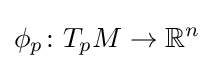
\phi _{p}\colon T_{p}M\rightarrow {\mathbb {R} ^{n}}